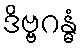
ဒိဗ္ဗဂန္ဓံ